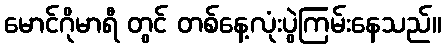
မောင်ဂိုမာရီ တွင် တစ်နေ့လုံးပွဲကြမ်းနေသည်။